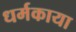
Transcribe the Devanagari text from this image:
धर्मकाया